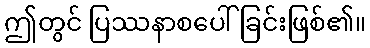
ဤတွင် ပြဿနာစပေါ်ခြင်းဖြစ်၏။